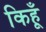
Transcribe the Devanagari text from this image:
किहूँ